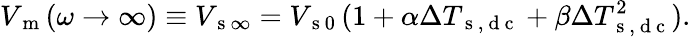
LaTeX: V_{\mathrm{~m~}}(\omega\rightarrow\infty)\equiv V_{\mathrm{~s~}\infty}=V_{\mathrm{~s~0~}}(1+\alpha\Delta T_{\mathrm{~s~,~d~c~}}+\beta\Delta T_{\mathrm{~s~,~d~c~}}^{2}){.}